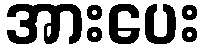
အားပေး